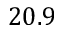
2 0 . 9